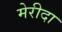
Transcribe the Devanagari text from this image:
मेरीदा